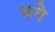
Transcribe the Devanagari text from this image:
वगे